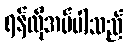
ရန်လိုအပ်ပါသည်